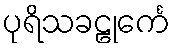
ပုရိသခဠုင်္ကေ